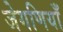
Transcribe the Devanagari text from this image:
जेगणियाँ